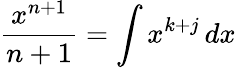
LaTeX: {\frac{x^{n+1}}{n+1}}=\int x^{k+j}\, dx